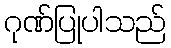
ဂုဏ်ပြုပါသည်